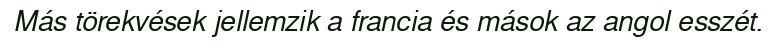
Más törekvések jellemzik a francia és mások az angol esszét.